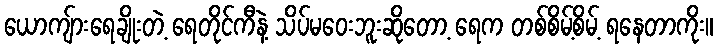
ယောကျ်ားရေချိုးတဲ့ ရေတိုင်ကီနဲ့ သိပ်မဝေးဘူးဆိုတော့ ရေက တစ်စိမ့်စိမ့် ရနေတာကိုး။